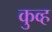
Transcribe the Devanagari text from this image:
कुव्ह